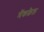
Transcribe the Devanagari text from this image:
मॅकफ़ेल